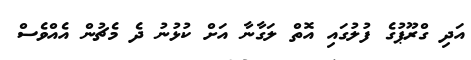
އަދި ގްރޫޕުގެ ފުލުގައި އޮތް ލަގާނާ އަށް ކުޅުނު ދެ މެޗުން އެއްވެސް